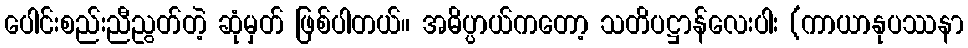
ပေါင်းစည်းညီညွတ်တဲ့ ဆုံမှတ် ဖြစ်ပါတယ်။ အဓိပ္ပာယ်ကတော့ သတိပဋ္ဌာန်လေးပါး (ကာယာနုပဿနာ